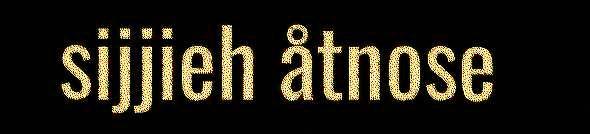
sijjieh åtnose